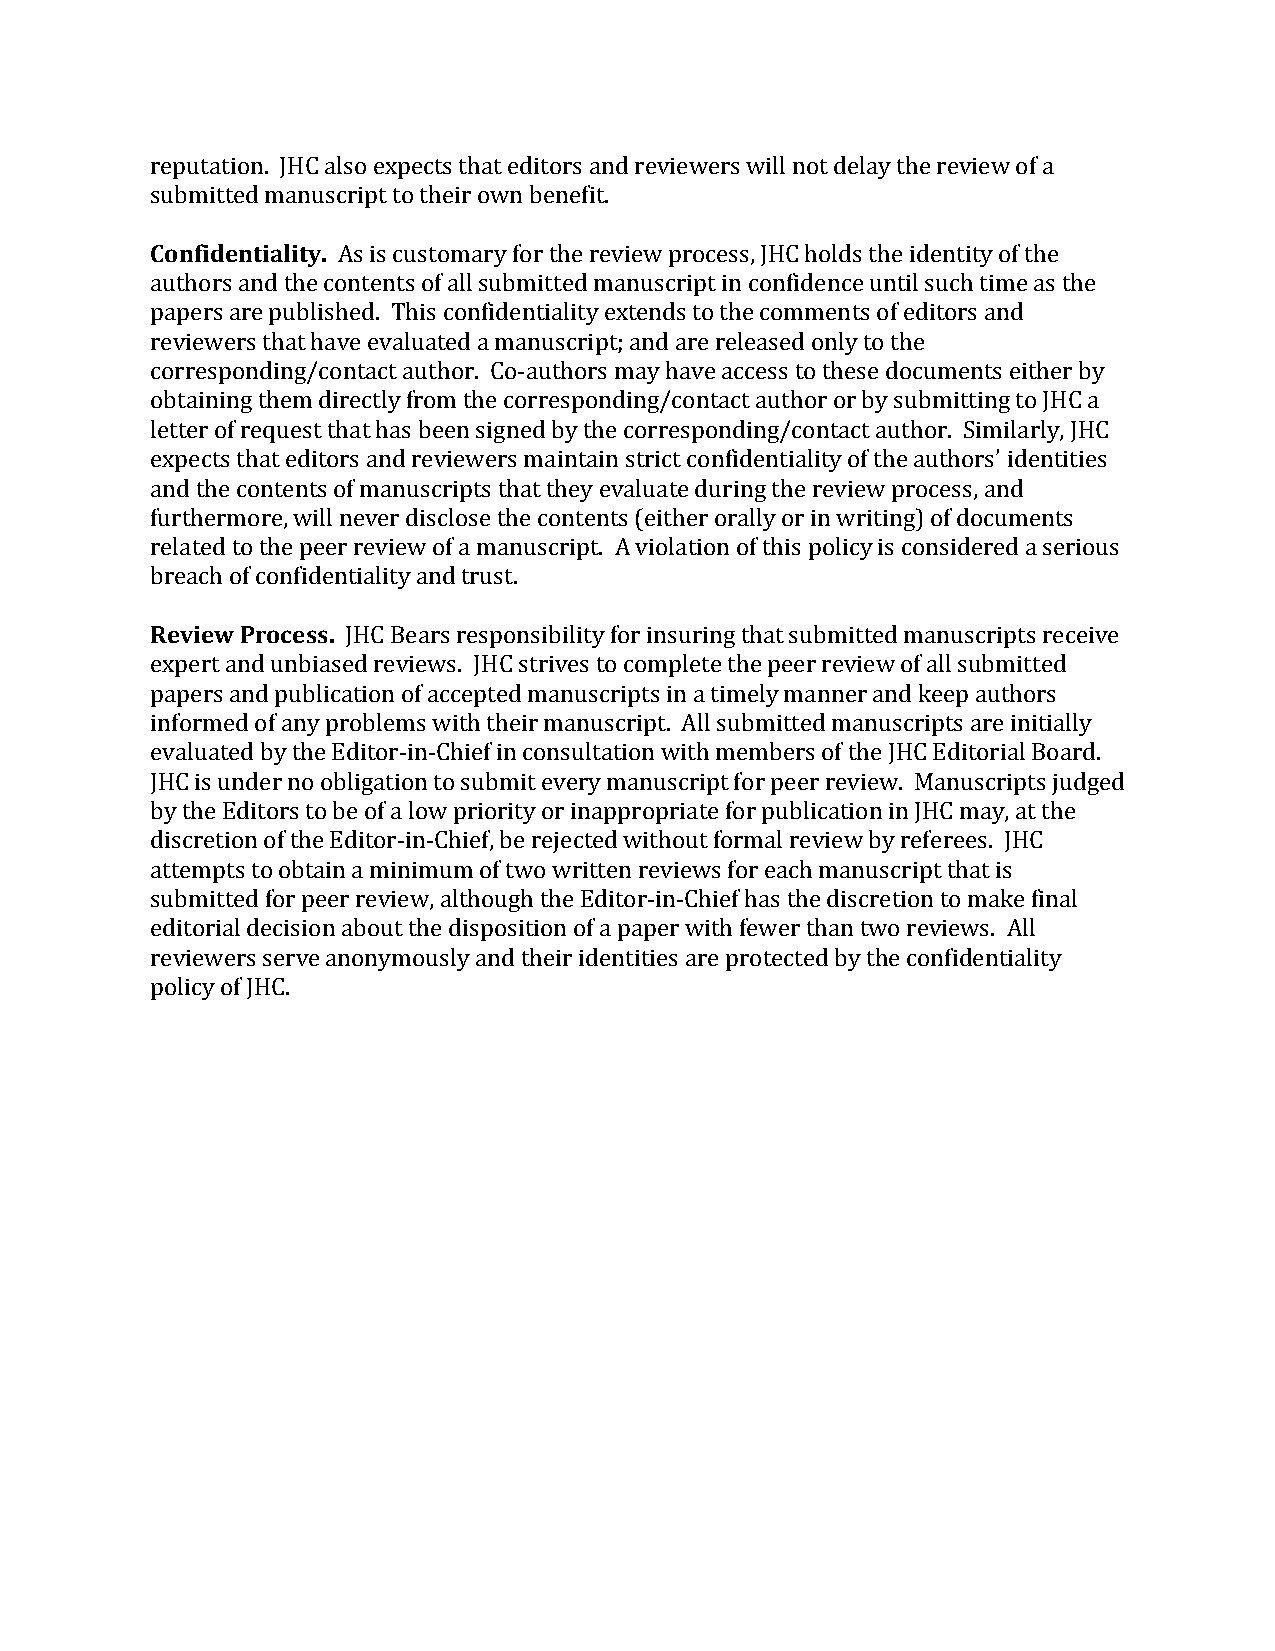
reputation. JHC also expects that editors and reviewers will not delay the review of a
 sCuobnmfiidtteendt imalaintyu.script to their own benefit.
 As is customary for the review process, JHC holds the identity of the
 authors and the contents of all submitted manuscript in confidence until such time as the
 papers are published. This confidentiality extends to the comments of editors and
 reviewers that have evaluated a manuscript; and are released only to the
 corresponding/contact author. Co-authors may have access to these documents either by
 obtaining them directly from the corresponding/contact author or by submitting to JHC a
 letter of request that has been signed by the corresponding/contact author. Similarly, JHC
 expects that editors and reviewers maintain strict confidentiality of the authors’ identities
 and the contents of manuscripts that they evaluate during the review process, and
 furthermore, will never disclose the contents (either orally or in writing) of documents
 related to the peer review of a manuscript. A violation of this policy is considered a serious
 bRreevaicehw o Pf rcooncefisdse.ntiality and trust.
 JHC Bears responsibility for insuring that submitted manuscripts receive
 expert and unbiased reviews. JHC strives to complete the peer review of all submitted
 papers and publication of accepted manuscripts in a timely manner and keep authors
 informed of any problems with their manuscript. All submitted manuscripts are initially
 evaluated by the Editor-in-Chief in consultation with members of the JHC Editorial Board.
 JHC is under no obligation to submit every manuscript for peer review. Manuscripts judged
 by the Editors to be of a low priority or inappropriate for publication in JHC may, at the
 discretion of the Editor-in-Chief, be rejected without formal review by referees. JHC
 attempts to obtain a minimum of two written reviews for each manuscript that is
 submitted for peer review, although the Editor-in-Chief has the discretion to make final
 editorial decision about the disposition of a paper with fewer than two reviews. All
 reviewers serve anonymously and their identities are protected by the confidentiality
 policy of JHC.